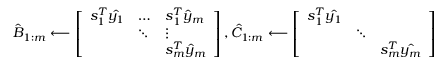
\hat { B } _ { 1 : m } \longleftarrow \left[ \begin{array} { l l l } { s _ { 1 } ^ { T } \hat { y _ { 1 } } } & { \dots } & { s _ { 1 } ^ { T } \hat { y } _ { m } } \\ & { \ddots } & { \vdots } \\ & & { s _ { m } ^ { T } \hat { y } _ { m } } \end{array} \right] , \hat { C } _ { 1 : m } \longleftarrow \left[ \begin{array} { l l l } { { s _ { 1 } ^ { T } \hat { y _ { 1 } } } } & & \\ & { \ddots } & \\ & & { { s _ { m } ^ { T } } \hat { y _ { m } } } \end{array} \right]